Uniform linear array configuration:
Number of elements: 12
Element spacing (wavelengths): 0.5
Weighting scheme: kaiser
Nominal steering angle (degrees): -30
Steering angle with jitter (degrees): -31.868
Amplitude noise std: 0.05
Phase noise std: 0.05

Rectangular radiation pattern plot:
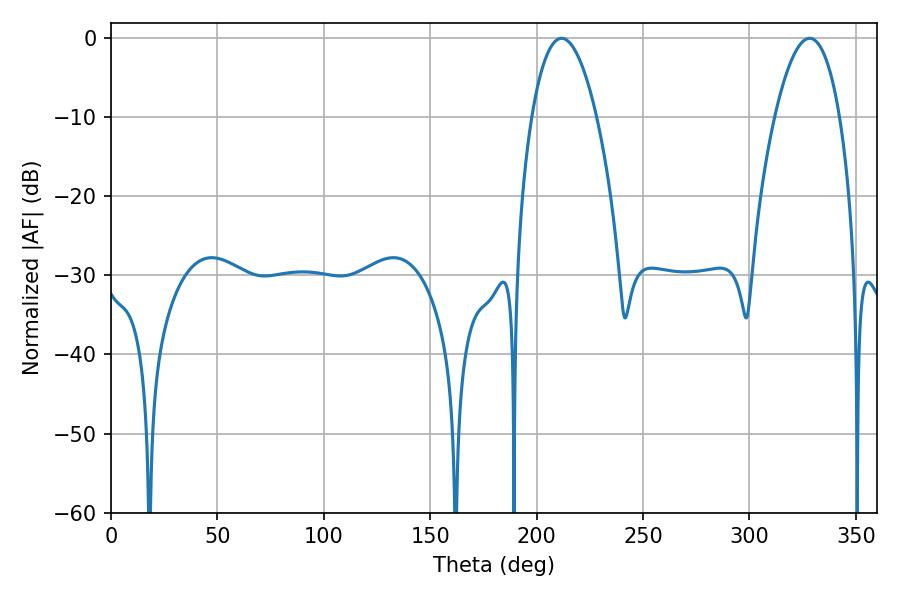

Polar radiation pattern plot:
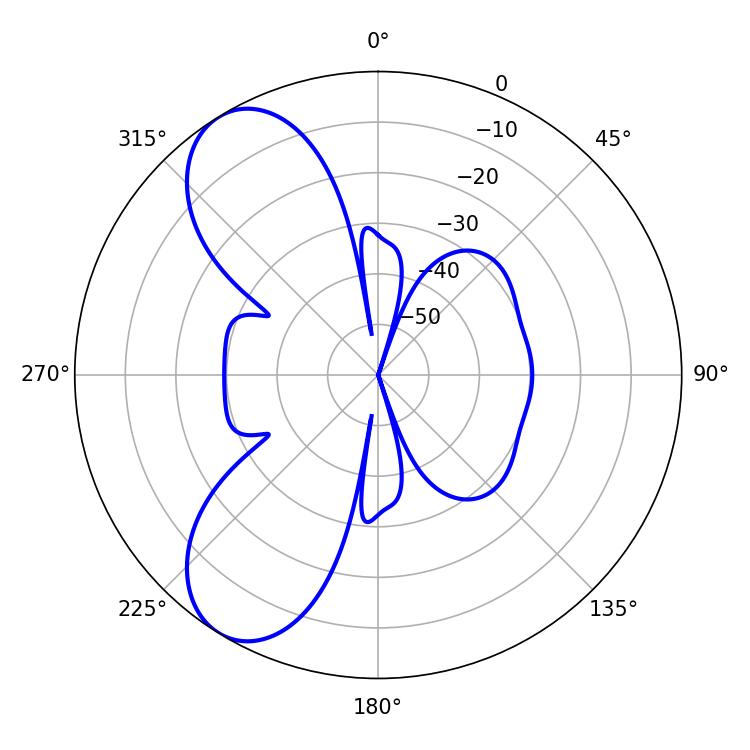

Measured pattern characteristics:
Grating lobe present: FALSE
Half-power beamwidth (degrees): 16.92
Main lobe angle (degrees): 328.32